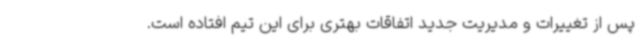
پس از تغییرات و مدیریت جدید اتفاقات بهتری برای این تیم افتاده است.